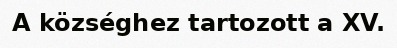
A községhez tartozott a XV.